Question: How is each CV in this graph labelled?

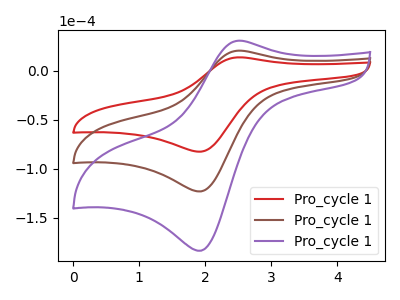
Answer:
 <answer>The red curve is labeled "Pro_cycle 11". The brown curve is labeled "Pro_cycle 12". The purple curve is labeled "Pro_cycle 13".</answer>
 <eval></eval>